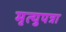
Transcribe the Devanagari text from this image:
मृत्युपत्रा